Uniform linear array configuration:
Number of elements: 12
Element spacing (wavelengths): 1
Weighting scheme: uniform
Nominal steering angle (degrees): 45
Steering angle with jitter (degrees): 43.152
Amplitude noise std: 0.05
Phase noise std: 0.05

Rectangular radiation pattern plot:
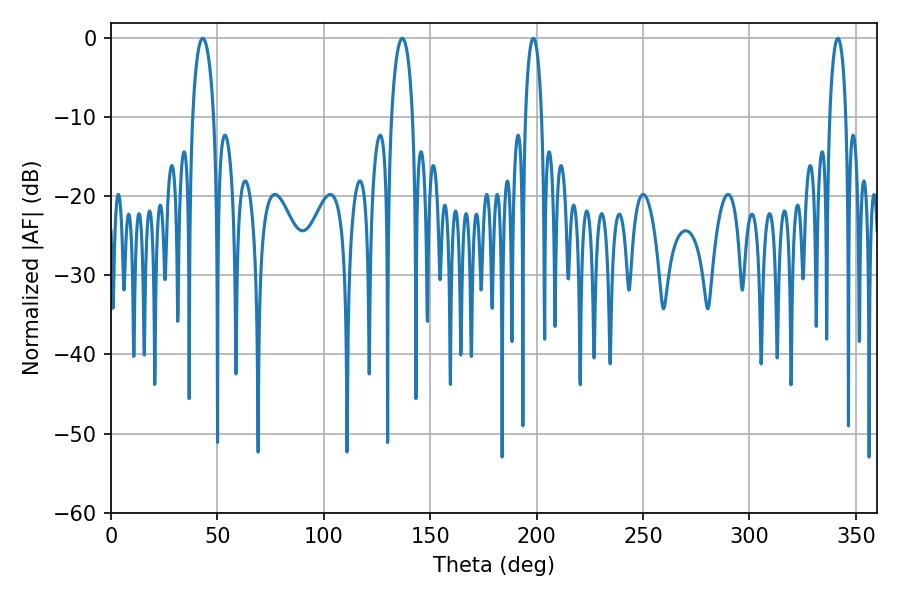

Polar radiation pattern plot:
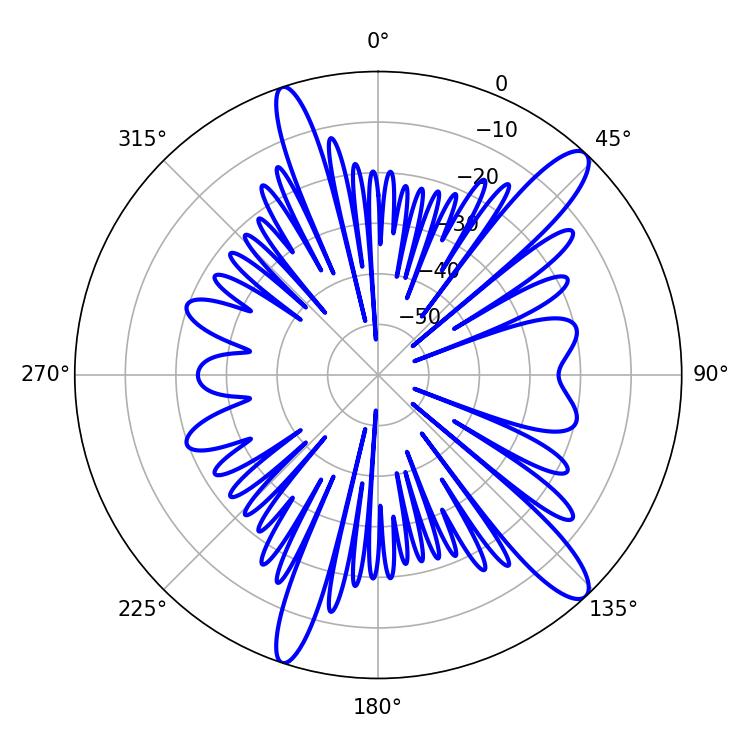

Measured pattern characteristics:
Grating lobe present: TRUE
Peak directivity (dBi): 13.015
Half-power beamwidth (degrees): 5.76
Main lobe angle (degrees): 43.2